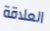
العلاقة